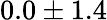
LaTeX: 0.0\pm 1.4